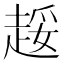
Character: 𲃍